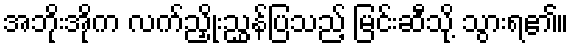
အဘိုးအိုက လက်ညှိုးညွှန်ပြသည့် မြင်းဆီသို့ သွားရ၏။